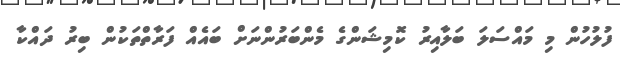
ފުލުހުން މި މައްސަލަ ބަލާއިރު ކޮމިޝަންގެ މެންބަރުންނަށް ބައެއް ފަރާތްތަކުން ބިރު ދައްކާ